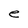
Character: e